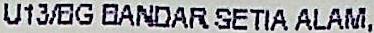
U13/BG BANDAR SETIA ALAM,